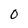
Character: 0